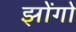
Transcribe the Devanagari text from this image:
झोंगो